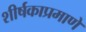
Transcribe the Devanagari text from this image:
शीर्षकाप्रमाणे